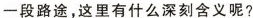
一段路途，这里有什么深刻含义呢?